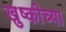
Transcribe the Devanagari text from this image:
खुष्कीच्या